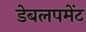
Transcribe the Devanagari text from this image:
डेबलपमेंट